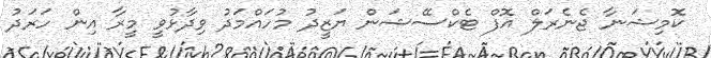
ކޮމިޝަނާ ޖެނެރަލް އޮފް ޓެކްސޭޝަން ޔަޒީދު މުހައްމަދު ވިދާޅުވީ މީރާ އިން ހަރަދު